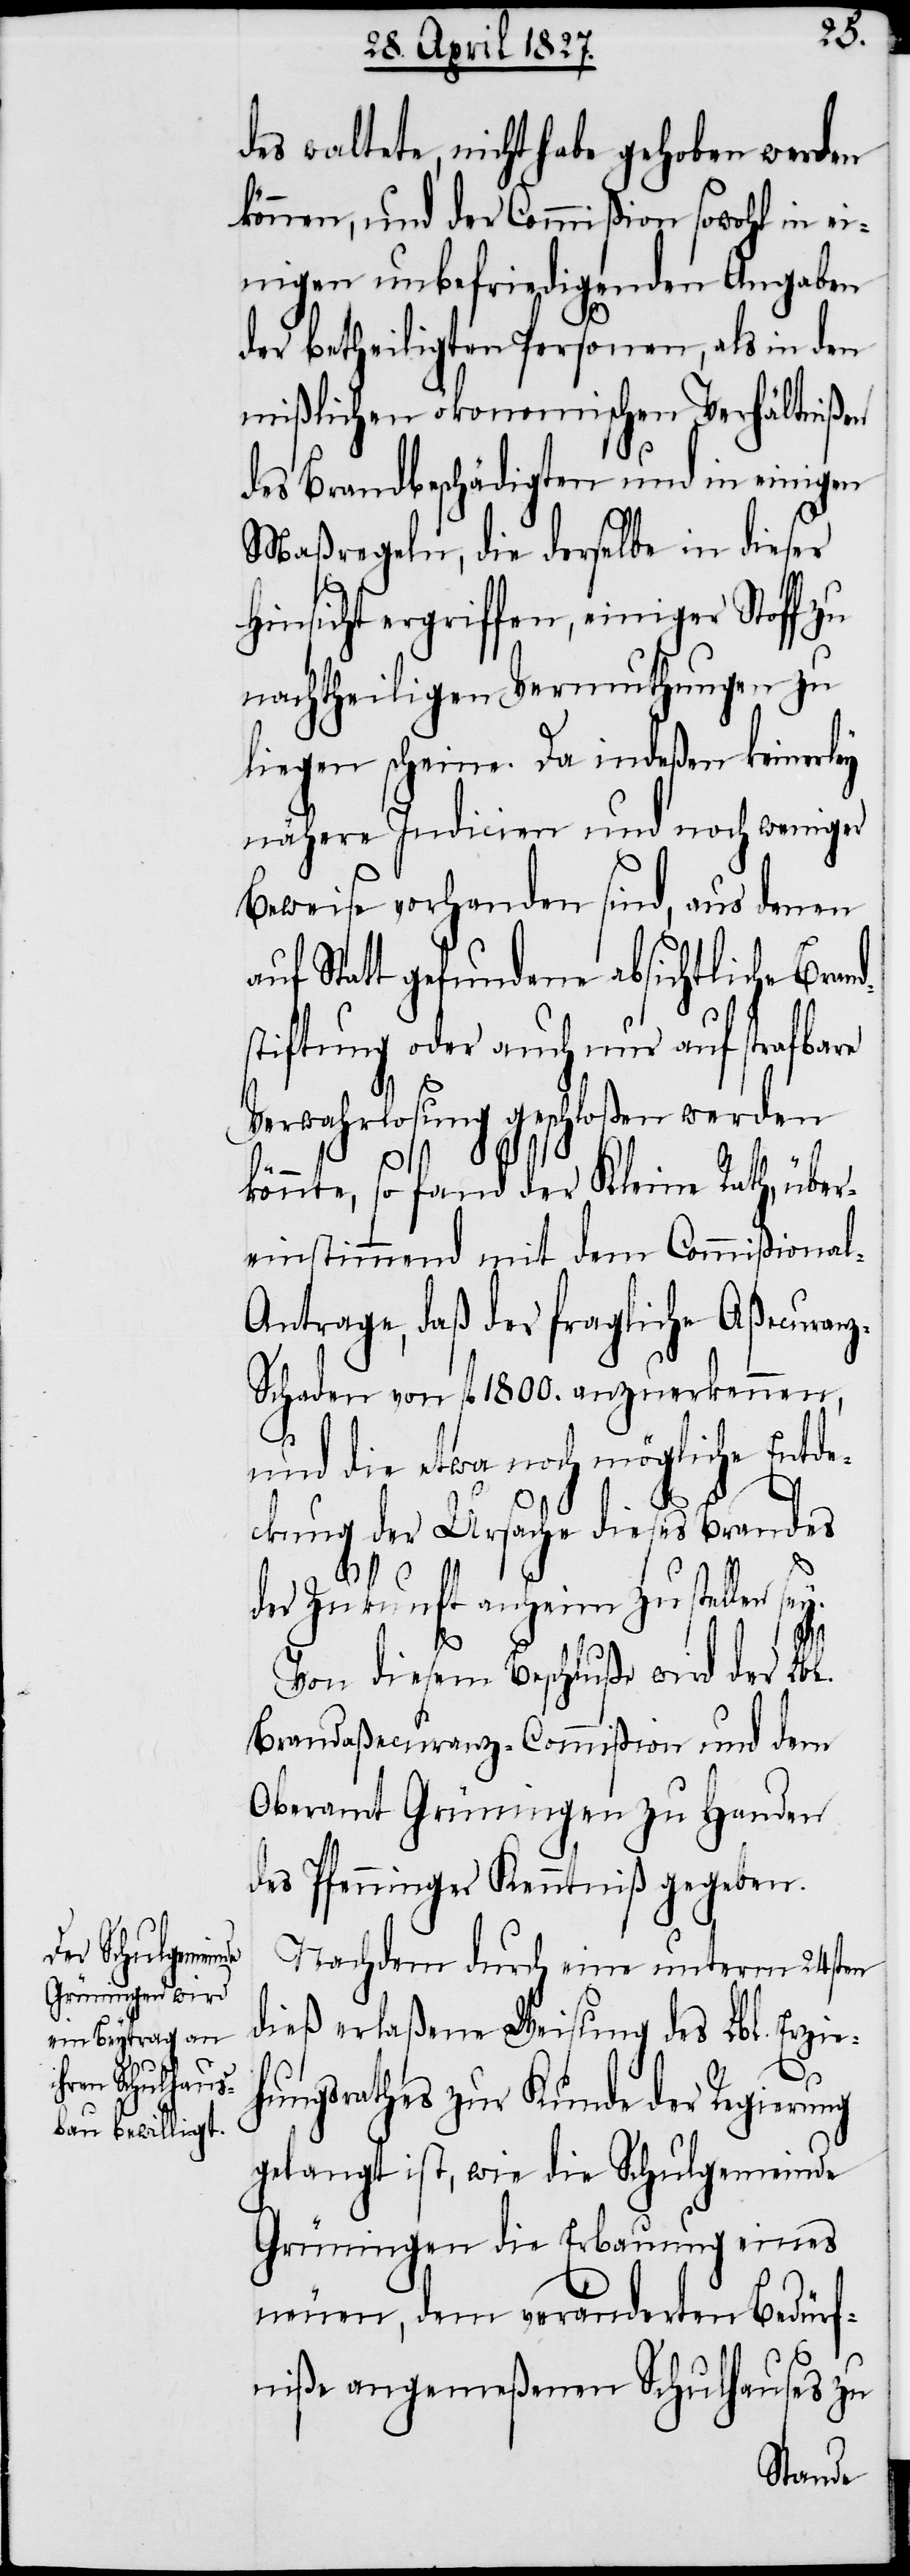
des waltete, nicht habe gehoben werden
können, und der Commißion sowohl in ei¬
nigen unbefriedigenden Angaben
der betheiligten Personen, als in den
mißlichen ökonomischen Verhältnißen
des Brandbeschädigten und in einigen
Maßregeln, die derselbe in dieser
Hinsicht ergriffen, einiger Stoff zu
nachtheiligen Vermuthungen zu
liegen scheine. Da indeßen keinerley
nähere Indicien und noch weniger
Beweise vorhanden sind, aus denen
auf Statt gefundene absichtliche Bran¬
stiftung oder auch nur auf strafbare
Verwahrlosung geschloßen werden
d¬
könnte, so fand der Kleine Rath über¬
einstimmend mit dem Commißional-A¬
ntrage, daß der fragliche Aßecuran¬
z-Schaden von fl. 1800. anzuerkennen,
und die etwa noch mögliche Entde¬
ckung der Ursache dieses Brandes
der Zukunft anheim zu stellen
Von diesem Beschluße wird der Lbl.
Brandaßecuranz-Commißion und dem
Oberamt Grüningen zu Handen
des Pfenninger Kenntniß gegeben.
Nachdem durch eine unterm 24sten
dieß erlaßene Weisung des Lbl. Erzie¬
hungsrathes zur Kunde der Regierung
gelangt ist, wie die Schulgemeinde
Grüningen die Erbauung eines
neuen, dem veränderten Bedürf¬
niße angemeßenen Schulhauses zu